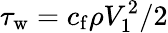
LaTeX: \tau_{\mathrm{w}}=c_{\mathrm{f}}\rho V_{1}^{2}/2